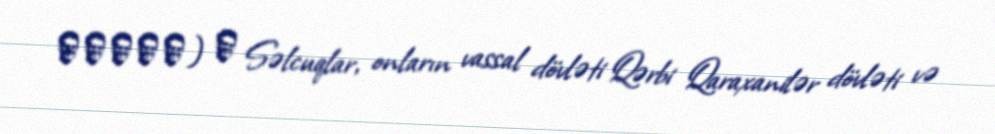
卡特萬之戰) ― Səlcuqlar, onların vassal dövləti Qərbi Qaraxanilər dövləti və